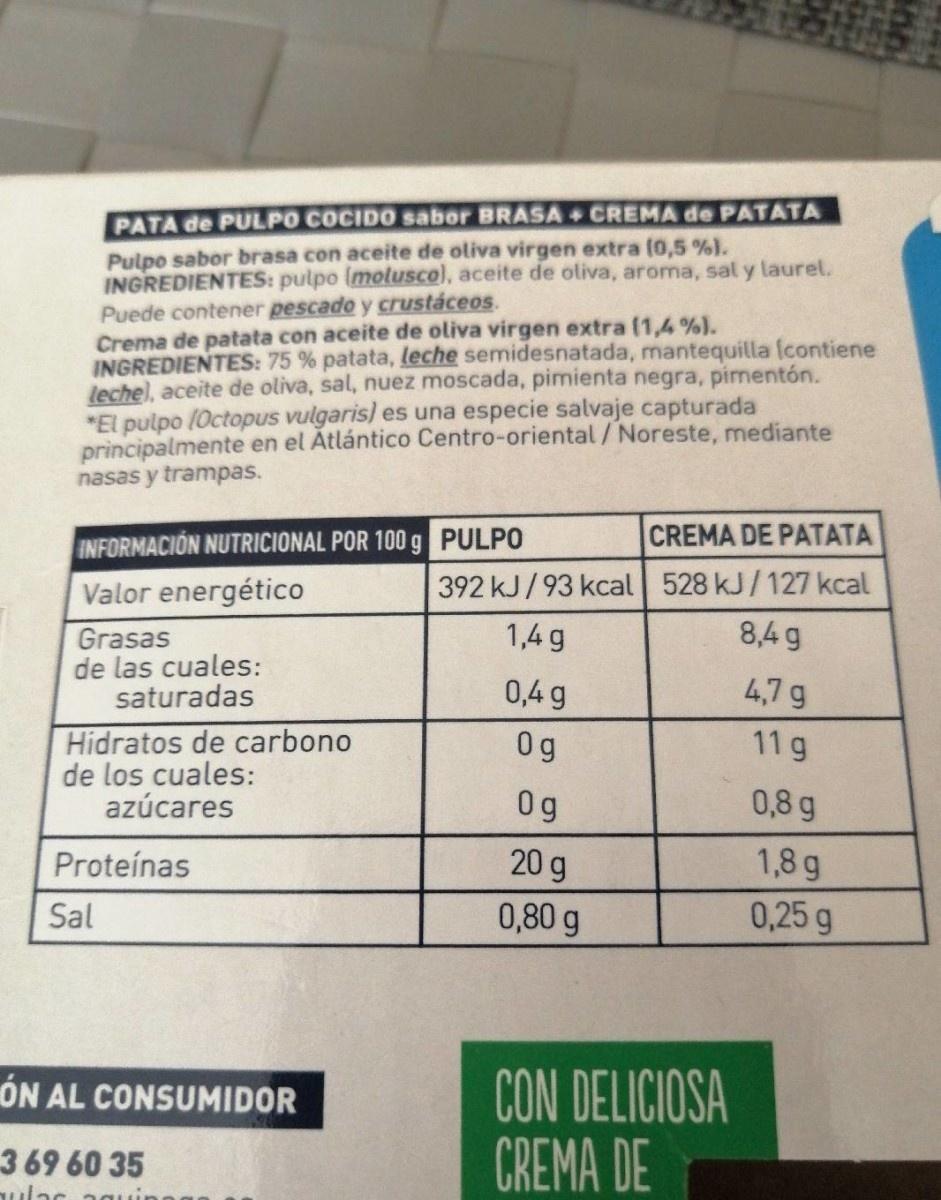
PATA de PULPO COCIDO sabor BRASA+ CREMA de PATATA
Pulpo sabor brasa con aceite de oliva virgen extra (0,5 %). INGREDIENTES: pulpo (molusco), aceite de oliva, aroma, sal y laurel. Puede contener pescado y crustáceos. Crema de patata con aceite de oliva virgen extra (1,4 %)J. INGREDIENTES: 75 % patata, leche semidesnatada, mantequilla (contiene leche), aceite de oliva, sal, nuez moscada, pimienta negra, pimentón. *El pulpo 1Octopus vulgaris) es una especie salvaje capturada principalmente en el Atlántico Centro-oriental /Noreste, mediante nasas y trampas.
INFORMACIÓN NUTRICIONAL POR 100 g PULPO
CREMA DE PATATA
Valor energético
392 kJ/93 kcal 528 kJ/127 kcal
1,4 g
8,4 g
Grasas de las cuales: saturadas
0,4 g
4,7 g
Hidratos de carbono de los cuales: azúcares
0 g
11 g
0g
0,8 g
Proteínas
20 g
1,8 g
Sal
0,80 g
0,25 g
CON DELICIOSA CREMA DE
ÓN AL CONSUMIDOR
3 69 60 35 ulac agi